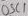
Text: OSC1